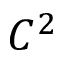
C ^ { 2 }